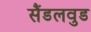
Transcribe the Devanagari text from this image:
सैंडलवुड